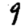
Digit: 9